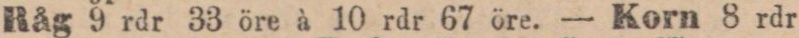
Råg 9 rdr 33 öre à 10 rdr 67 öre. — Korn 8 rdr